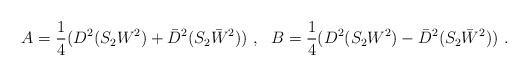
LaTeX: \begin{align*}A=\frac{1}{4}(D^2(S_2W^2)+\bar{D}^2(S_2\bar{W}^2))~,~~B=\frac{1}{4}(D^2(S_2W^2)-\bar{D}^2(S_2\bar{W}^2))~.\end{align*}